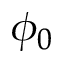
\phi _ { 0 }